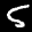
Label: 5